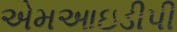
એમઆઇડીપી